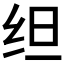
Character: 𬘜